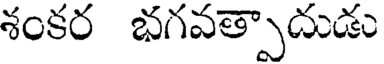
శంకర భగవత్పాదుడు